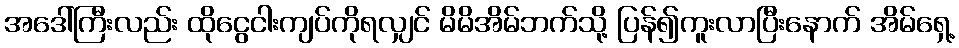
အဒေါ်ကြီးလည်း ထိုငွေငါးကျပ်ကိုရလျှင် မိမိအိမ်ဘက်သို့ ပြန်၍ကူးလာပြီးနောက် အိမ်ရှေ့